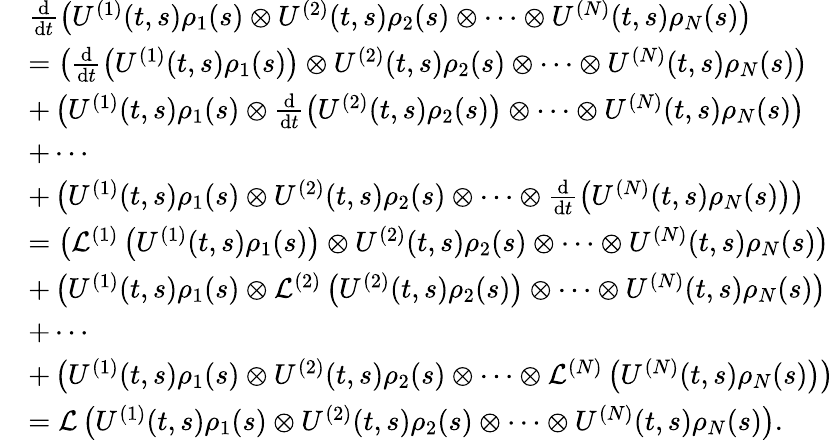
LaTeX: \begin{array}{rl}&{\frac{\mathrm{d}}{\mathrm{d}t}\left(U^{(1)}(t,s)\rho_{1}(s)\otimes U^{(2)}(t,s)\rho_{2}(s)\otimes\cdots\otimes U^{(N)}(t,s)\rho_{N}(s)\right)}\\ &{=\left(\frac{\mathrm{d}}{\mathrm{d}t}\left(U^{(1)}(t,s)\rho_{1}(s)\right)\otimes U^{(2)}(t,s)\rho_{2}(s)\otimes\cdots\otimes U^{(N)}(t,s)\rho_{N}(s)\right)}\\ &{+\left(U^{(1)}(t,s)\rho_{1}(s)\otimes\frac{\mathrm{d}}{\mathrm{d}t}\left(U^{(2)}(t,s)\rho_{2}(s)\right)\otimes\cdots\otimes U^{(N)}(t,s)\rho_{N}(s)\right)}\\ &{+\cdots}\\ &{+\left(U^{(1)}(t,s)\rho_{1}(s)\otimes U^{(2)}(t,s)\rho_{2}(s)\otimes\cdots\otimes\frac{\mathrm{d}}{\mathrm{d}t}\left(U^{(N)}(t,s)\rho_{N}(s)\right)\right)}\\ &{=\left(\mathcal{L}^{(1)}\left(U^{(1)}(t,s)\rho_{1}(s)\right)\otimes U^{(2)}(t,s)\rho_{2}(s)\otimes\cdots\otimes U^{(N)}(t,s)\rho_{N}(s)\right)}\\ &{+\left(U^{(1)}(t,s)\rho_{1}(s)\otimes\mathcal{L}^{(2)}\left(U^{(2)}(t,s)\rho_{2}(s)\right)\otimes\cdots\otimes U^{(N)}(t,s)\rho_{N}(s)\right)}\\ &{+\cdots}\\ &{+\left(U^{(1)}(t,s)\rho_{1}(s)\otimes U^{(2)}(t,s)\rho_{2}(s)\otimes\cdots\otimes\mathcal{L}^{(N)}\left(U^{(N)}(t,s)\rho_{N}(s)\right)\right)}\\ &{=\mathcal{L}\left(U^{(1)}(t,s)\rho_{1}(s)\otimes U^{(2)}(t,s)\rho_{2}(s)\otimes\cdots\otimes U^{(N)}(t,s)\rho_{N}(s)\right).}\end{array}